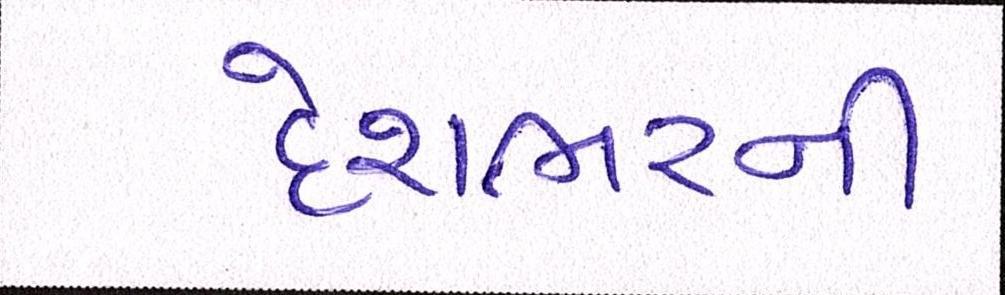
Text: દેશભરની